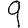
Digit: 9